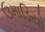
ઉમાડિયો